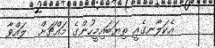
އެކަލާނގެއީ ތިޔަބައިމީހުންގެ މައްޗަށް  ލައްވާ